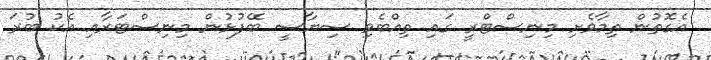
އެގޮތުން ތިމާވެށި މިނިސްޓްރީ ގައި ތިއްބެވި ސިޔާސީ ބޭފުޅުން މިނިސްޓަރާއި އެކު ބުރަ